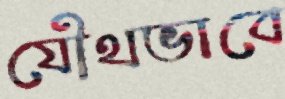
যৌথভাবে